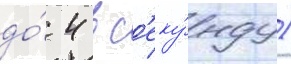
до́ 4 в с'еку́нду)